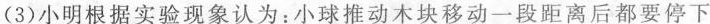
(3)小明根据实验现象认为：小球推动木块移动一段距离后都要停下